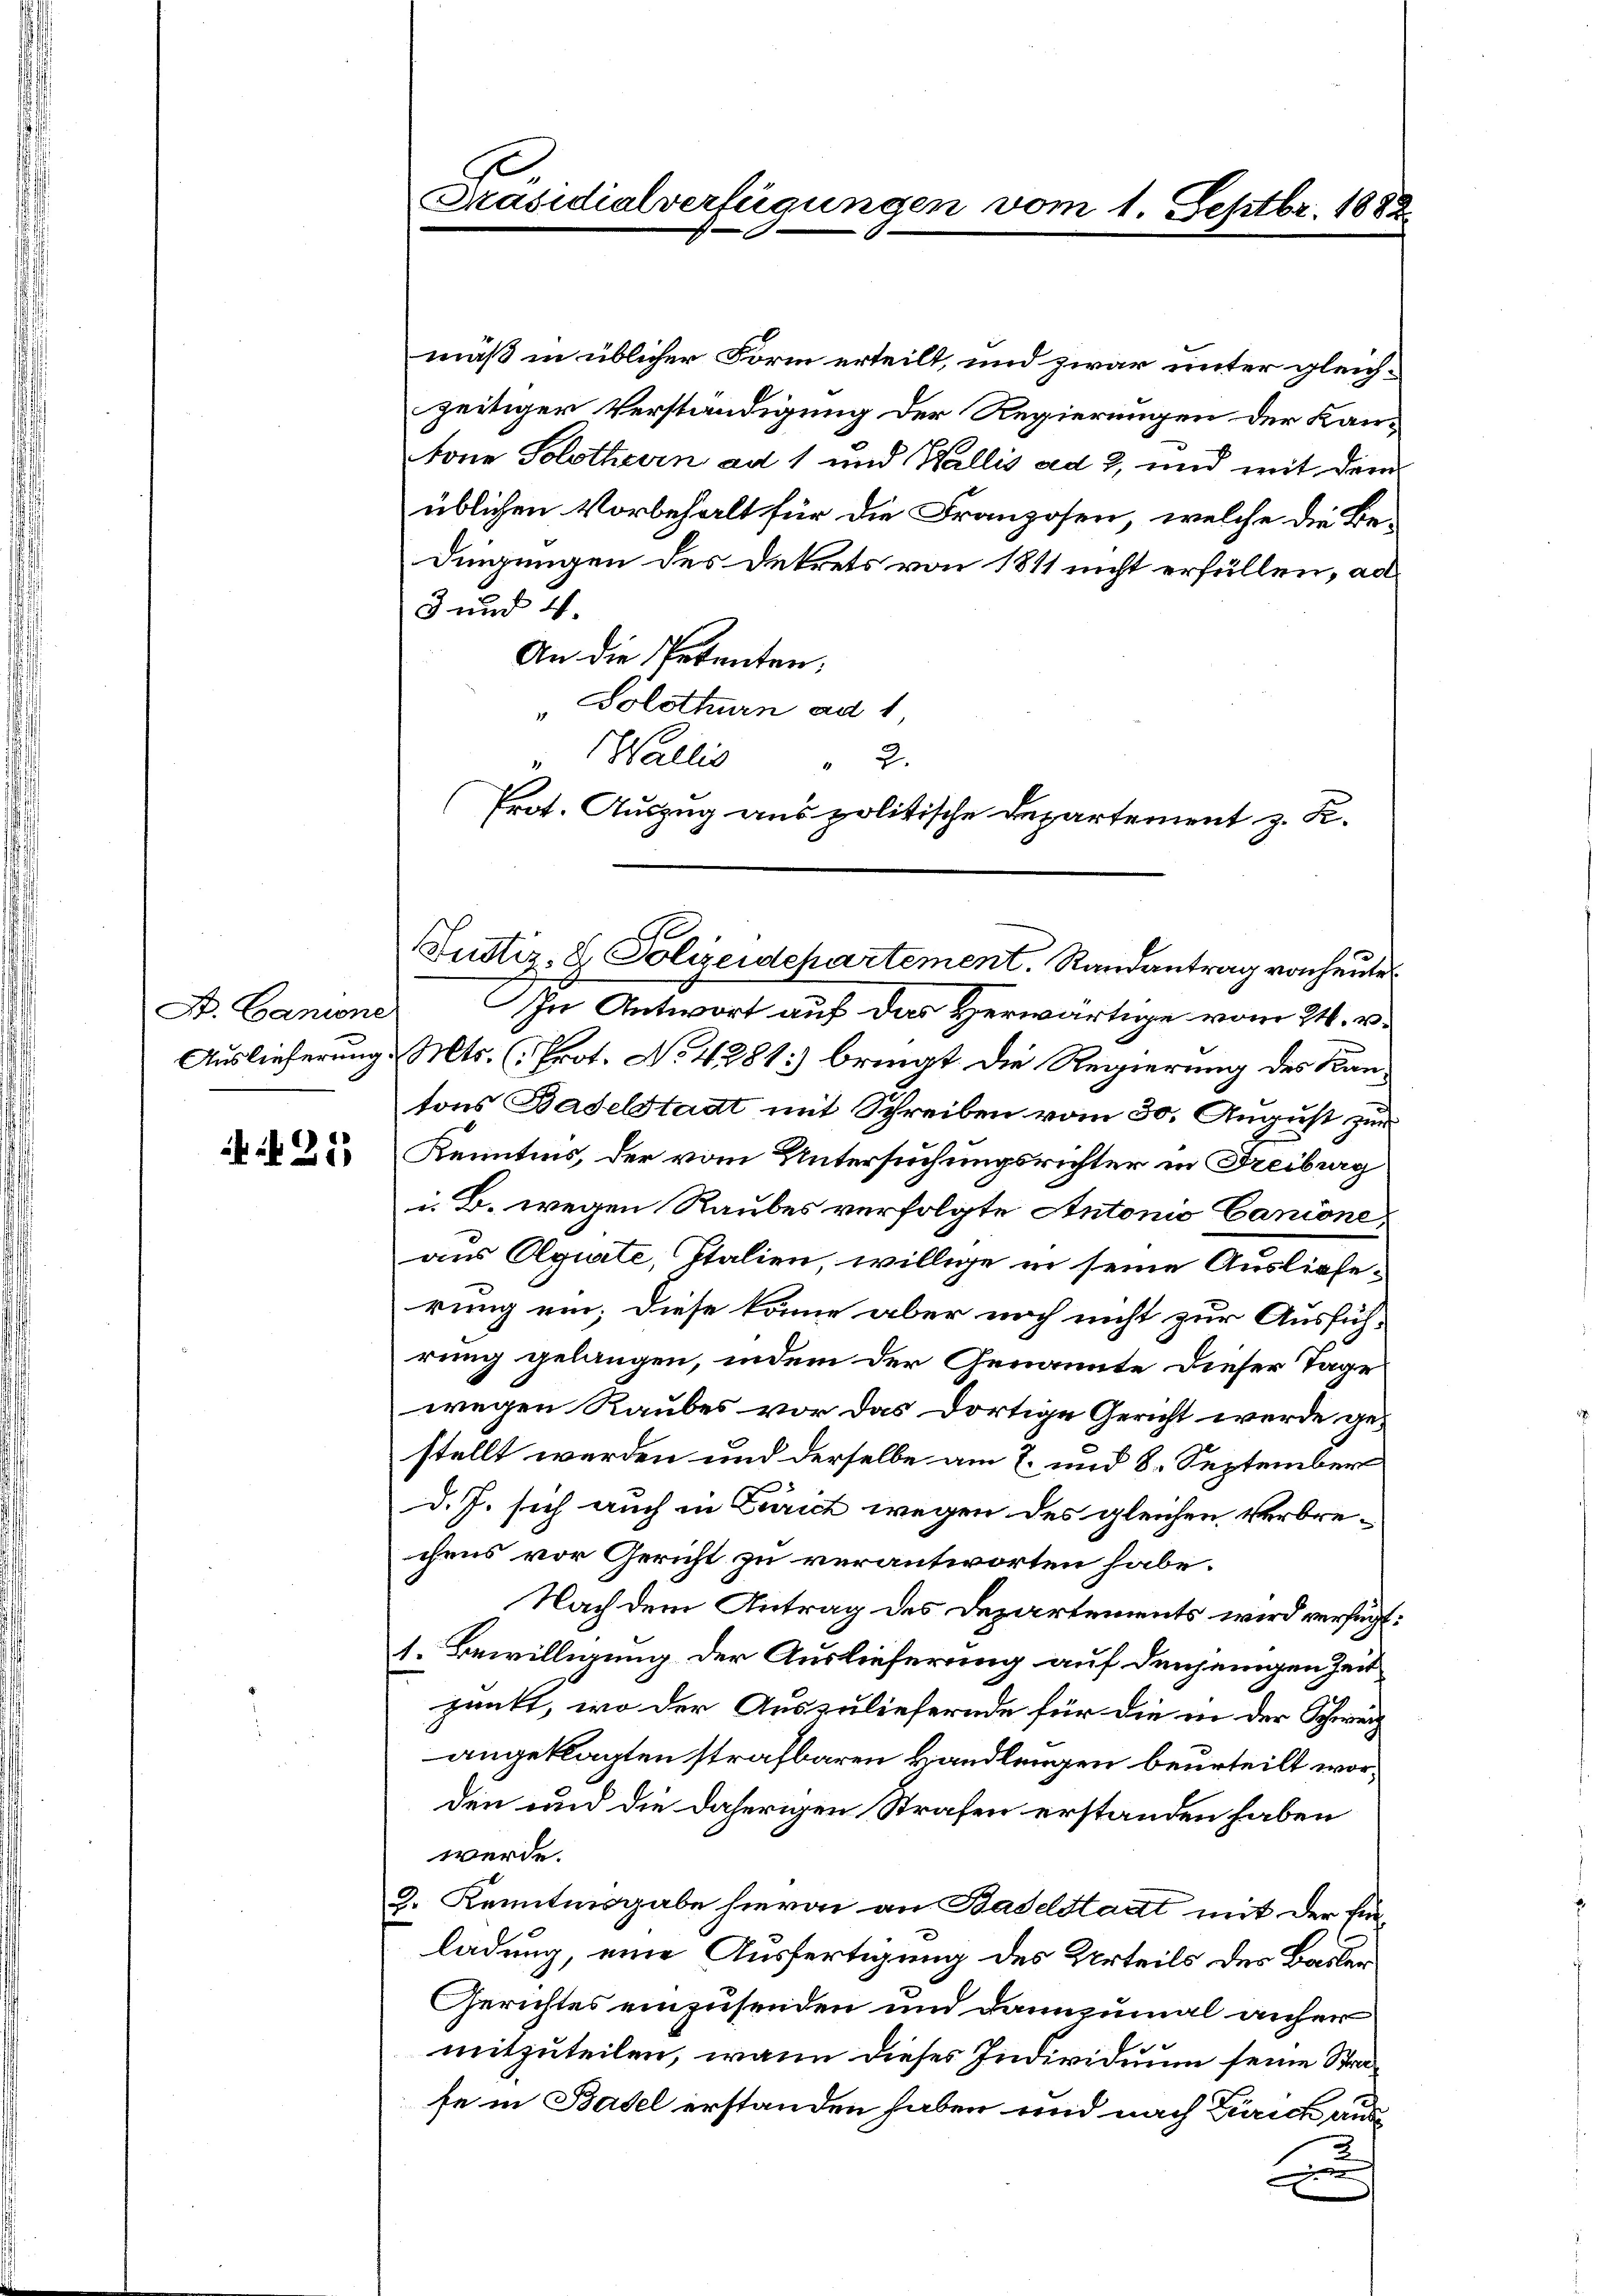
St. Cantone

:25

Präsidialverfügungen vom 1. Septbr. 1882

mäß in üblicher Form erteilt, und zwar unter gleichzeitiger Verständigung der Regierungen der Kan¬
Mone Solothurn ad 1 und Wallis ad 2, und mit dem
üblichen Vorbehalt für die Franzosen, welche die Bedingungen des Dekrets von 1811 nicht erfüllen, ad
3 und 4.
An die Petenten,
"Solothurn ad 1
In Antwort auf das Herwärtige vom 24. v.
Auslieferung . Mts. (Prot. No 4281] bringt die Regierung des Kantons Baselstadt mit Schreiben vom 30. August zur
Kenntnis, der vom Untersuchungsrichter in Freiburg
i. B. wegen Raubes verfolgte Antonio Canione,
aus Agirte, Italien, willige in seine Auslieferung ein; diese könne aber noch nicht zur Ausführung gelangen, indem der Genannte dieser Tage
wegen Raubes vor das dortige Gericht werde gestellt werden und derselbe am 2. und 8. September
d.J. sich auch in Zürich wegen des gleichen Verbrechens vor Gericht zu verantworten habe.
Nach dem Antrag des Departements wird verfügt:
1. Bewilligung der Auslieferung auf denjenigen Zeit
punkt, wo der Auszuliefernde für die in der Schweiz
angeklagten strafbaren Handlungen beurteilt worden und die daherigen Strafen erstanden haben
werde.
2. Kenntnisgabe hievon an Baselstadt mit der fin
ladung, eine Ausfertigung des Urteils des Basler
Gerichtes einzusenden und dannzumal anher
mitzuteilen, wann dieses Individuum seine Strafe in Basel erstanden haben und nach Zürich aus
A

" Wallis  "  2
Prot. Auszug aus politische Departement z. B.
Justiz- & Polizeidepartement. Randantrag von heute